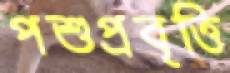
পশুপ্রবৃত্তি